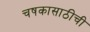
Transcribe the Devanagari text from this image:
चषकासाठीची